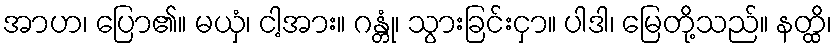
အာဟ၊ ပြော၏။ မယှံ၊ ငါ့အား။ ဂန္တုံ၊ သွားခြင်းငှာ။ ပါဒါ၊ မြေတို့သည်။ နတ္ထိ၊